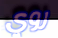
روي